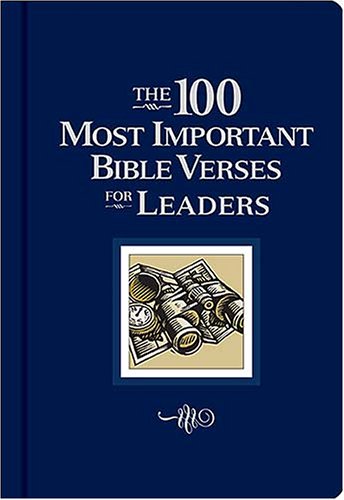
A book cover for The 100 Most Important Bible Verses for Leaders; W Publishing Group; Christian Books & Bibles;